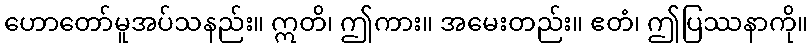
ဟောတော်မူအပ်သနည်း။ ဣတိ၊ ဤကား။ အမေးတည်း။ ဧတံ၊ ဤပြဿနာကို။